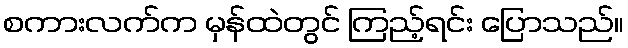
စကားလက်က မှန်ထဲတွင် ကြည့်ရင်း ပြောသည်။